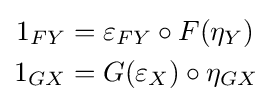
{\begin{aligned}1_{FY}&=\varepsilon _{FY}\circ F(\eta _{Y})\\1_{GX}&=G(\varepsilon _{X})\circ \eta _{GX}\end{aligned}}